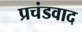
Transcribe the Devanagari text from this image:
प्रचंडवाद